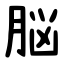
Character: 脳